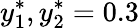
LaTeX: y_{1}^{*},y_{2}^{*}=0.3